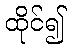
ထိုင်၍